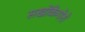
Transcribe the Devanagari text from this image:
सखोंकेगोरो